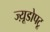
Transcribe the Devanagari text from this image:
ज्य़ूडोपटू